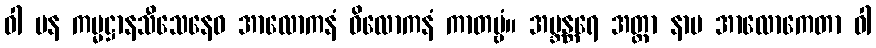
ဝါ ပန ကမ္မဋ္ဌာနသီသေနေဝ အာလောကနံ ဝိလောကနံ ကာတဗ္ဗံ။ အဗ္ဘန္တရေ အတ္တာ နာမ အာလောကေတာ ဝါ